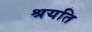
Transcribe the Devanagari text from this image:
श्रयति